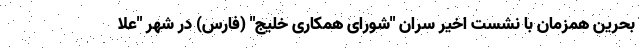
بحرین همزمان با نشست اخیر سران "شورای همکاری خلیج" (فارس) در شهر "علا